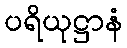
ပရိယုဋ္ဌာနံ